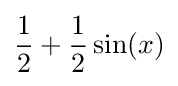
{\frac {1}{2}}+{\frac {1}{2}}\sin(x)